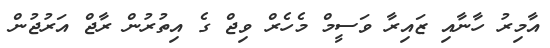
އާމިރު ހާނާއި ޒައިރާ ވަސީމް މެހެރް ވިޖް ގެ އިތުރުން ރާޖް އަރުޖުން